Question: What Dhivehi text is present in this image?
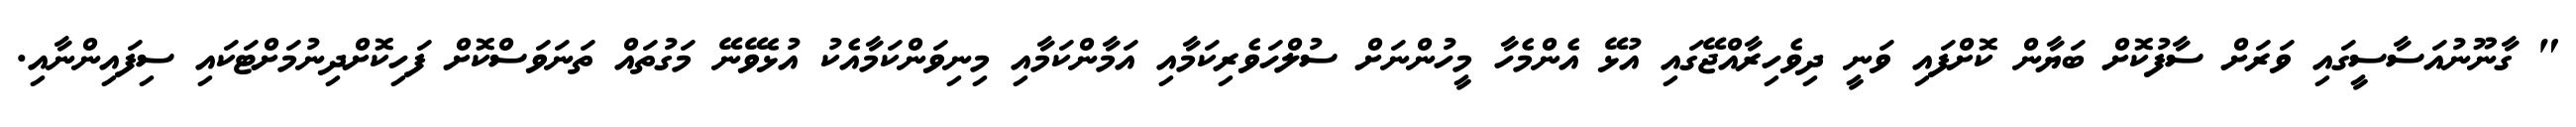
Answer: " ގާނޫނުއަސާސީގައި ވަރަށް ސާފުކޮށް ބަޔާން ކޮށްފައި ވަނީ ދިވެހިރާއްޖޭގައި އުޅޭ އެންމެހާ މީހުންނަށް ސުލްހަވެރިކަމާއި އަމާންކަމާއި މިނިވަންކަމާއެކު އުޅެވޭނޭ މަގުތައް ތަނަވަސްކޮށް ފަހިކޮށްދިނުމަށްޓަކައި ސިފައިންނާއި.